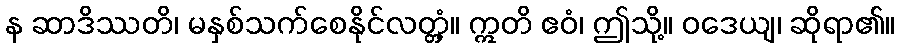
န ဆာဒိဿတိ၊ မနှစ်သက်စေနိုင်လတ္တံ့။ ဣတိ ဧဝံ၊ ဤသို့။ ဝဒေယျ၊ ဆိုရာ၏။